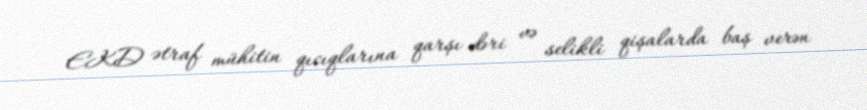
EKD ətraf mühitin qıcıqlarına qarşı dəri və selikli qişalarda baş verən